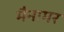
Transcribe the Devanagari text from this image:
मैनामर